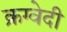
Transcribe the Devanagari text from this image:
क्रग्वेदी